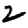
Digit: 2